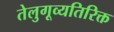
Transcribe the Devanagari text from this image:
तेलुगूव्यतिरिक्त